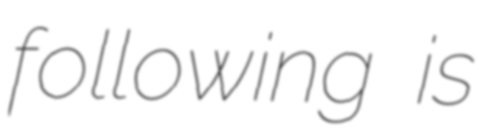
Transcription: following is